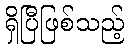
ရှိပြီဖြစ်သည့်